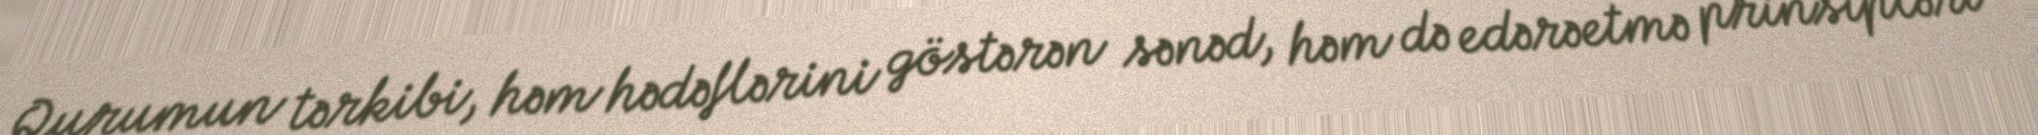
Qurumun tərkibi, həm hədəflərini göstərən sənəd, həm də edərəetmə prinsipləri